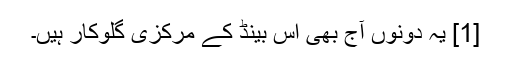
[1] یہ دونوں آج بھی اس بینڈ کے مرکزی گلوکار ہیں۔